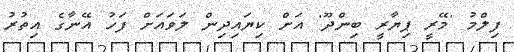
ފިލްމު 'މޭރީ ޕިޔާރީ ބިންދޫ' އަށް ކިޔައިދިން ލަވައަށް ފަހު އޭނާގެ އިތުރު